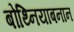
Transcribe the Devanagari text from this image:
बोथ्नियाबनान